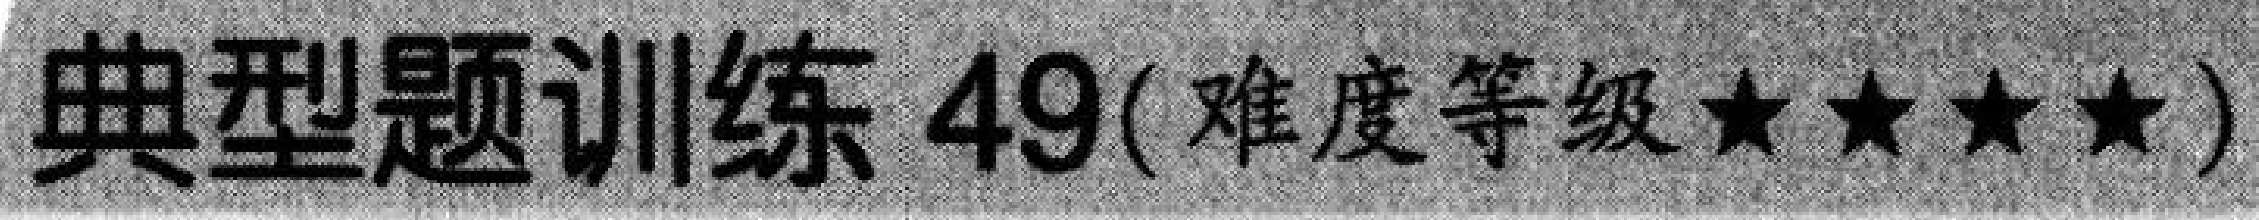
典型题训练 \(49\)( 难度等级 \(\star\star\star\star\) )